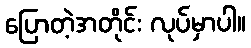
ပြောတဲ့အတိုင်း လုပ်မှာပါ။